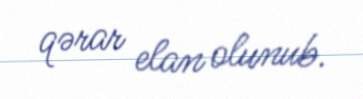
qərar elan olunub.